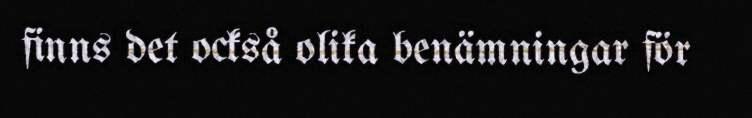
finns det också olika benämningar för